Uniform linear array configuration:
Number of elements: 32
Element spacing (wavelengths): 0.25
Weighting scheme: hamming
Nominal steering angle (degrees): -30
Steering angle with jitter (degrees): -28.85
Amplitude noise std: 0.05
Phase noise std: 0.05

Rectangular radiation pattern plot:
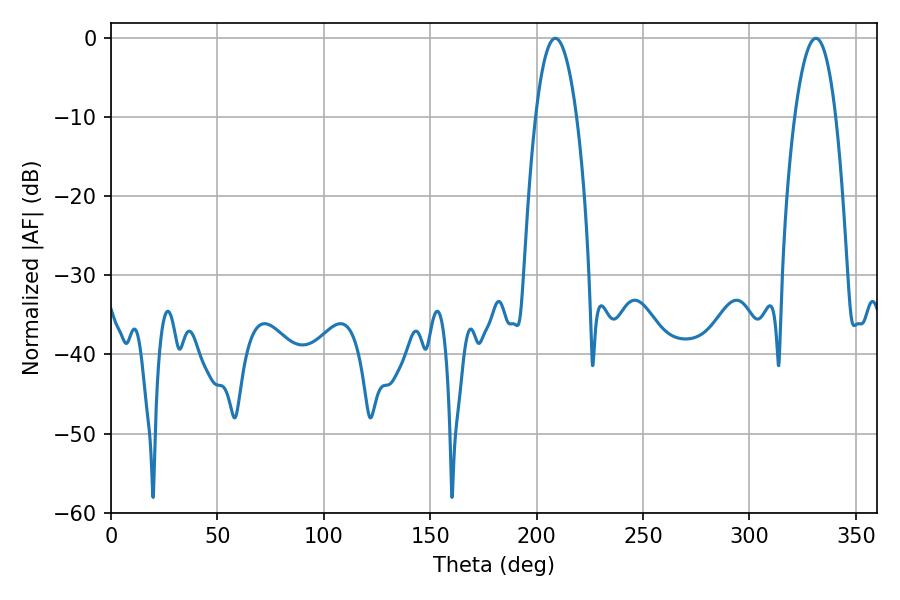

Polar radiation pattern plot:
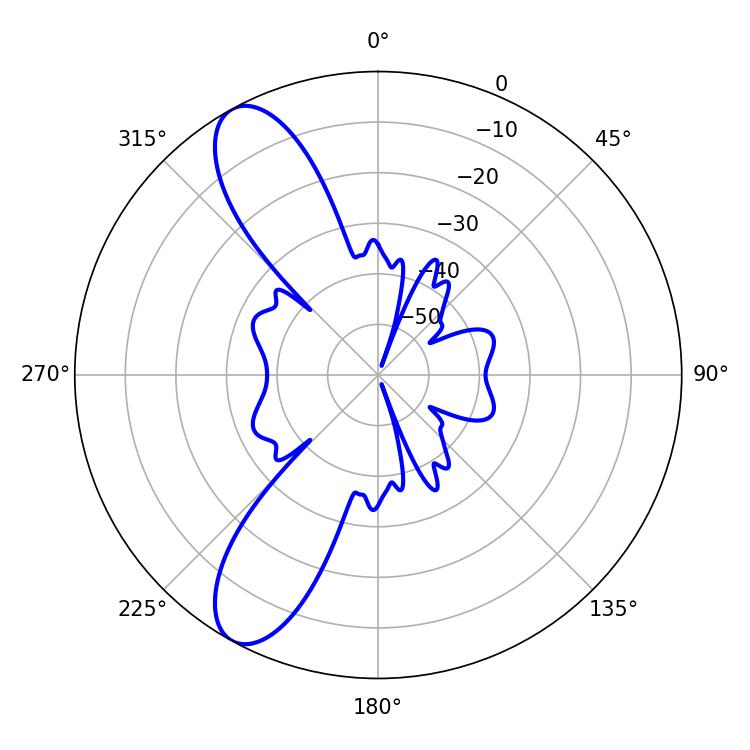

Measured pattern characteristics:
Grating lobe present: FALSE
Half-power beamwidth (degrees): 10.62
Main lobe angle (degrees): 331.2